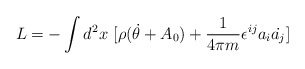
\begin{align*}L = - \int d^2 x \ [ \rho (\dot{\theta} + A_0)+{1\over{4\pi m}}\epsilon^{ij}a_{i} \dot{a_{j}}] \end{align*}